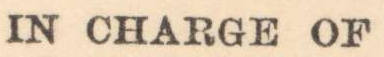
IN OHARGE OF